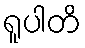
ရူပါတိ